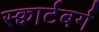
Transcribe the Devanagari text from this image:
स्क्वार्टबर्ग